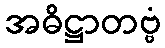
အဓိဋ္ဌာတဗ္ဗံ